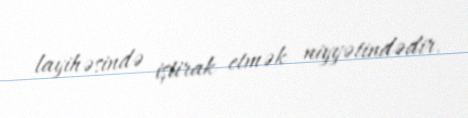
layihəsində iştirak etmək niyyətindədir.